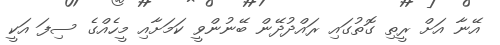
އޭނާ އަށް ރީތި ގޮތުގައި ރައްދުދޭން ބޭނުންވީ ކަމަށާއި މީހެއްގެ ސިފަ އަކީ